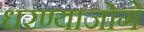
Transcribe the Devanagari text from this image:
धरण्याजोगे